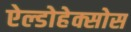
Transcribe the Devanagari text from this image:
ऐल्डोहेक्सोस